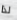
لذا